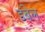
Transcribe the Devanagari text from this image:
डंबेल